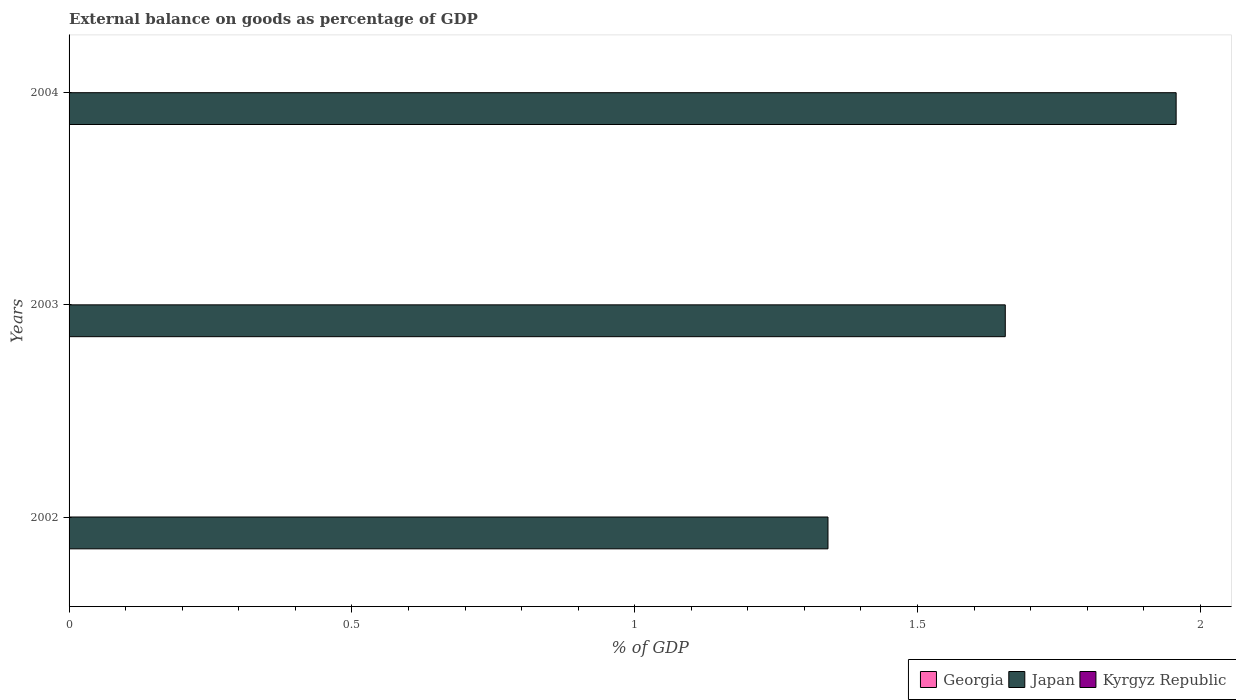
| Years | Georgia | Japan | Kyrgyz Republic |
 | --- | --- | --- | --- |
 | 2002 | -13.2 | 1.34 | -3.76 |
 | 2003 | -14.6 | 1.66 | -6.57 |
 | 2004 | -16.6 | 1.96 | -8.7 |